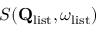
S ( \mathbf { Q } _ { \mathrm { l i s t } } , \omega _ { \mathrm { l i s t } } )